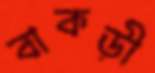
বাকড়ী